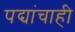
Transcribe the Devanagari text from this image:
पद्यांचाही